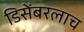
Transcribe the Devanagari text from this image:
डिसेंबरलाच